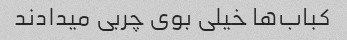
کباب‌ها خیلی بوی چربی میدادند